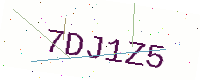
Text: 7DJ1Z5